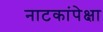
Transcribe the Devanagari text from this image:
नाटकांपेक्षा